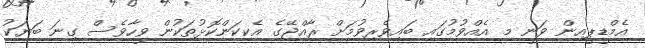
އެމްޑީޕީއިން ވަނީ މި އެއްވުމުގައި ބައިވެރިވުމަށް ރާއްޖޭގެ އެކިކަންކޮޅުތަކުން ވީހާވެސް ގިނަ ބަޔަކު